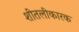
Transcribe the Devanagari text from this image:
शीतलीकारक